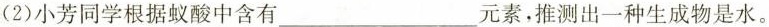
(2)小芳同学根据蚁酸中含有___元素，推测出一种生成物是水。